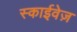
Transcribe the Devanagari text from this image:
स्काईवेज़